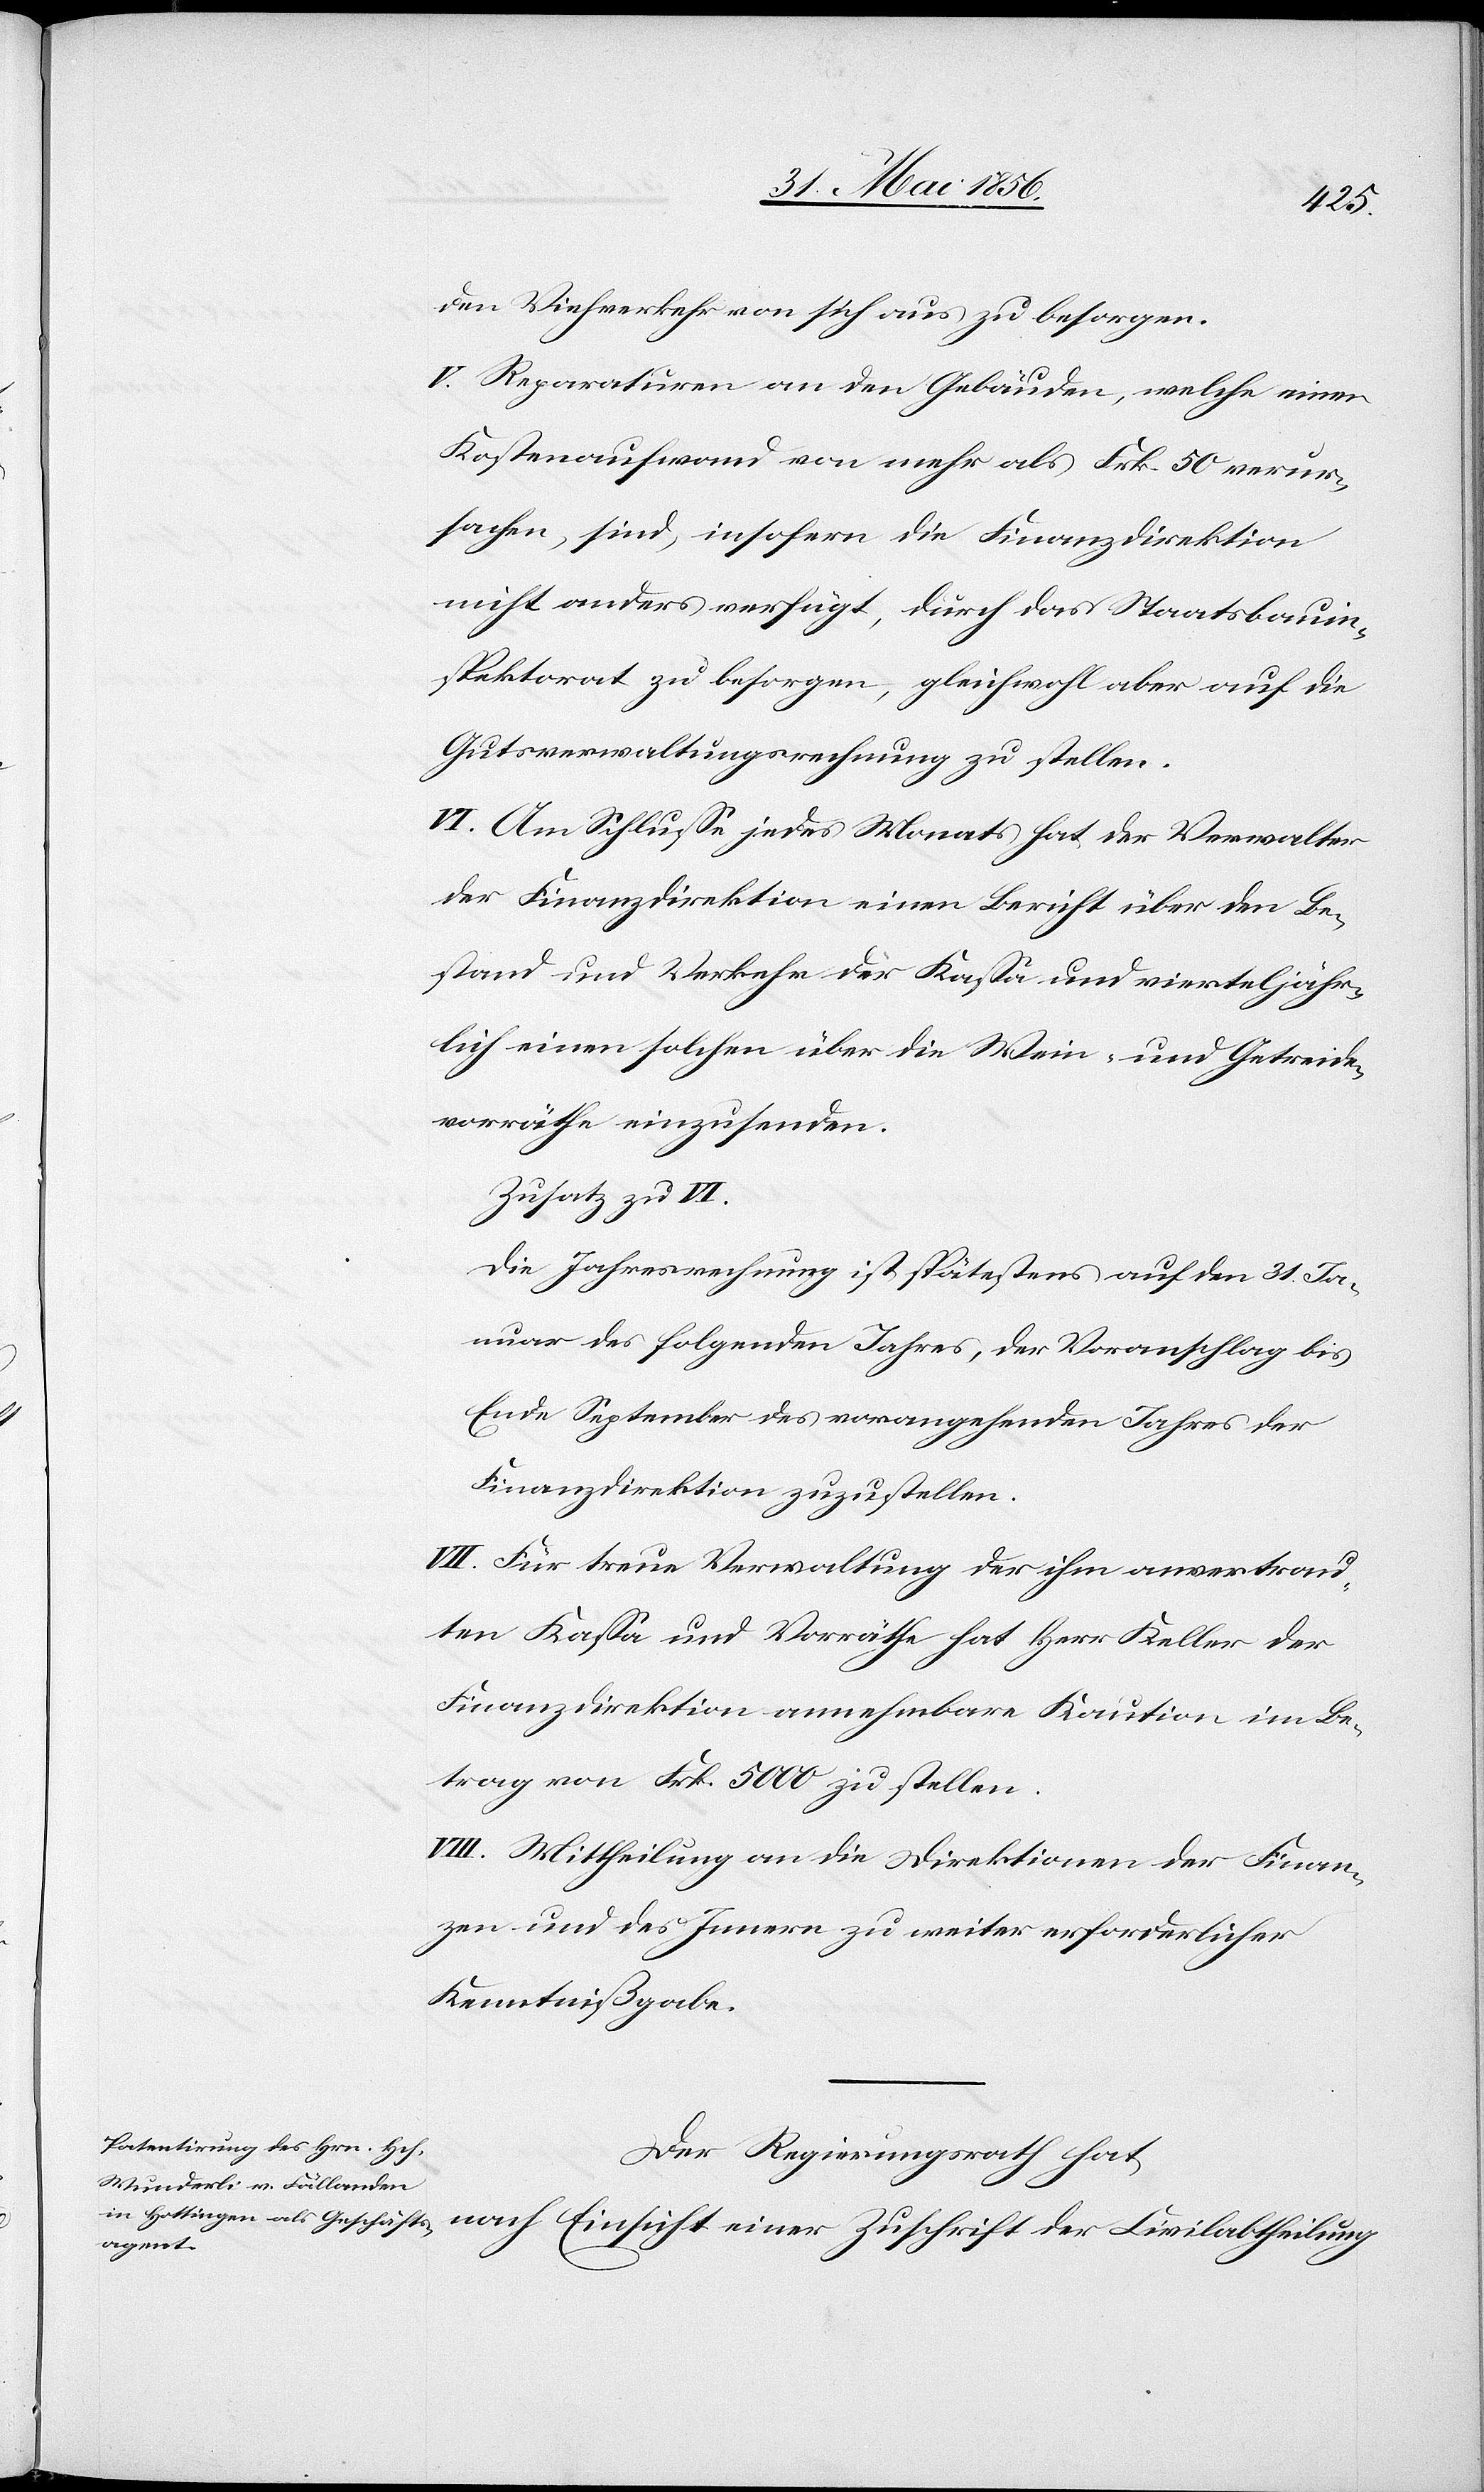
der
den Viehverkehr von sich aus zu besorgen.
V. Reparaturen an den Gebäuden, welche einen
Kostenaufwand von mehr als Frk. 50 verur¬
sachen, sind, insofern die Finanzdirektion
nicht anders verfügt, durch das Staatsbauin¬
spektorat zu besorgen, gleichwohl aber auf die
Gutsverwaltungsrechnung zu stellen.
VI. Am Schlusse jedes Monats hat der Verwalter
der Finanzdirektion einen Bericht über den Be¬
stand und Verkehr der Kassa und vierteljähr¬
lich einen solchen über die Wein- und Getreide¬
vorräthe einzusenden.
Zusatz zu VI.
Die Jahresrechnung ist spätestens auf den 31. Ja¬
nuar des folgenden Jahres, der Voranschlag bis
Ende September des vorangehenden Jahres der
Finanzdirektion zuzustellen.
VII. Für treue Verwaltung der ihm anvertrau¬
ten Kassa und Vorräthe hat Herr Keller der
Finanzdirektion annehmbare Kaution im Be¬
trag von Frk. 5000 zu stellen.
VIII. Mittheilung an die Direktionen der Finan¬
zen und des Innern zu weiter erforderlicher
Kenntnißgabe.
Der Regierungsrath hat,